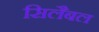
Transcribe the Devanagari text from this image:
सिलैबल